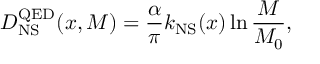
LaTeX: D _ { \mathrm { N S } } ^ { \mathrm { Q E D } } ( x , M ) = \frac { \alpha } { \pi } k _ { \mathrm { N S } } ( x ) \ln \frac { M } { M _ { 0 } } ,